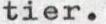
tier.